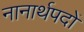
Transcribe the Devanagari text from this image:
नानार्थपदों